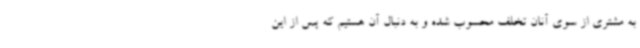
به مشتری از سوی آنان تخلف محسوب شده و به دنبال آن هستیم که پس از این